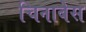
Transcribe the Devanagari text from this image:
चिनाबेस